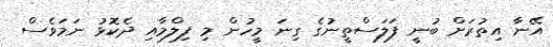
އޭނާ އިތުރަށް ބުނީ ފަލަސްތީނުގެ ގިނަ މީހުން މި ފިލްމާއި ދެކޮޅު ނަމަވެސް